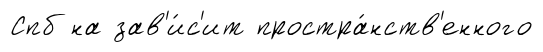
Спб на зав'и́с'ит простра́нств'енного